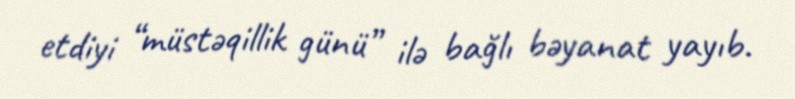
etdiyi “müstəqillik günü” ilə bağlı bəyanat yayıb.